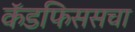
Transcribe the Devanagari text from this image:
कॅडफिससचा